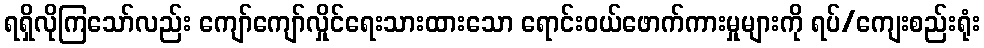
ရရှိလိုကြသော်လည်း ကျော်ကျော်လှိုင်ရေးသားထားသော ရောင်းဝယ်ဖောက်ကားမှုများကို ရပ်/ကျေးစည်းရုံး